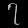
Digit: ၇